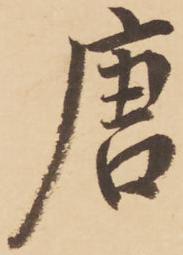
唐